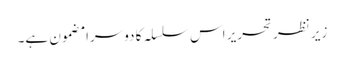
زیر نظر تحریر اس سلسلہ کا دوسرا مضمون ہے۔